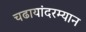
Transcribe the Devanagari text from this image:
चढायांदरम्यान